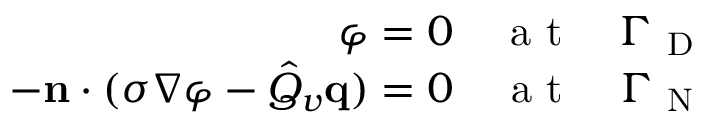
\begin{array} { r } { \varphi = 0 \quad \mathrm { ~ a ~ t ~ } \quad \Gamma _ { \mathrm { ~ D ~ } } } \\ { - \mathbf { n } \cdot ( \sigma \nabla \varphi - \hat { Q } _ { v } \mathbf { q } ) = 0 \quad \mathrm { ~ a ~ t ~ } \quad \Gamma _ { \mathrm { ~ N ~ } } } \end{array}